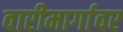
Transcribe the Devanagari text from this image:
वारीमार्गावर